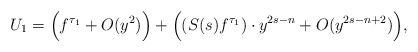
LaTeX: \begin{align*}U_{1}=\Big(f^{\tau_1}+O(y^2)\Big)+\Big((S(s)f^{\tau_1})\cdot y^{2s-n}+O(y^{2s-n+2})\Big),\end{align*}